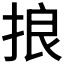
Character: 𢭗